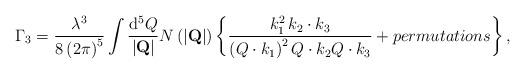
LaTeX: \begin{align*}\Gamma_3=\frac{\lambda^3}{8\left(2\pi\right)^5}\int \frac{{\rm d}^5 Q}{|{\bf Q}|}N\left(|{\bf Q}|\right)\left\{\frac{k_1^2\,k_2\cdot k_3}{\left(Q\cdot k_1\right)^2 Q\cdot k_2 Q\cdot k_3}+permutations\right\},\end{align*}